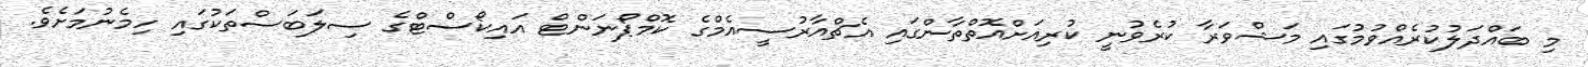
މި ބައްދަލުކުރެއްވުމުގައި މަޝްވަރާ ކުރެވުނީ ކުރިއަށްއޮތްތާންގައި އެޗްއާރުސީއެމްގެ ކޮމްޕޯނަންޓް އައިކޯސްޓްގެ ސިލަބަސްތަކުގައި ހިމެނުމަށެވެ.